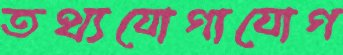
তথ্যযোগাযোগ